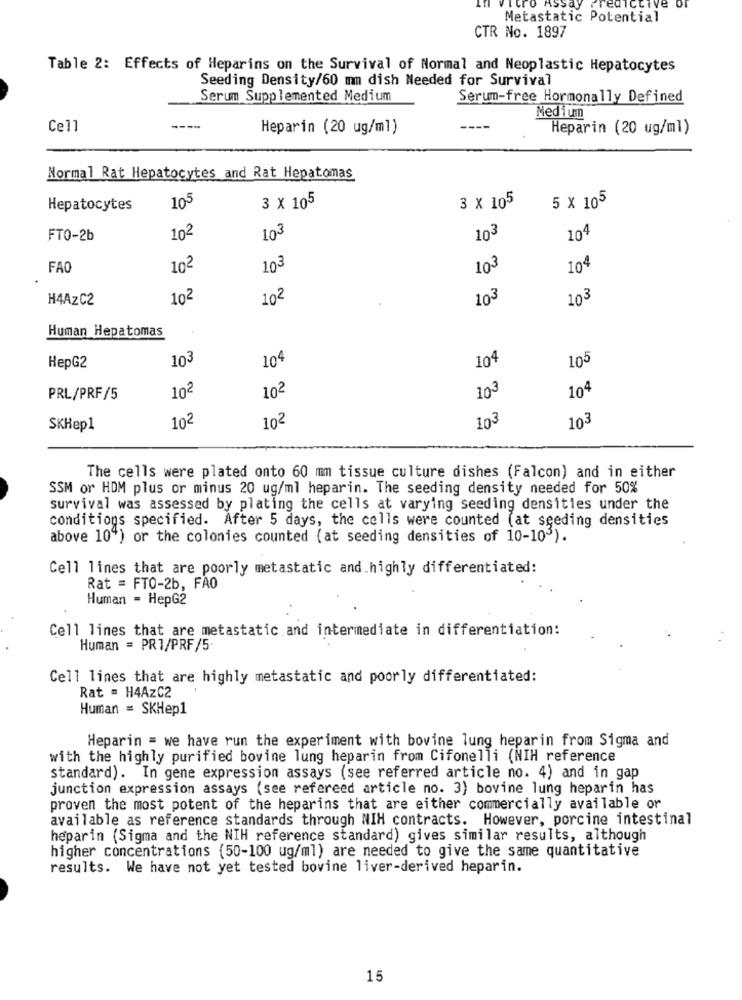
tro
ASSO
aictive DI
Metastatic Potential
CTR No. 1897
Table 2: Effects of Heparins on the Survival of Normal and Neoplastic Hepatocytes
Seeding Density/60 mm dish Needed for Survival
Serum Supplemented Medium
Serum-free Hormonally Defined
Mediun
Cell
Heparin (20 ug/ml)
Heparin (20 ug/ml)
Normal Rat Hepatocytes and Rat Hepatomas
5 X 105
Hepatocytes
105
3 X 105
3 X 105
FT0-2b
102
103
10€
104
FAO
102
10-
103
104
H4AzC2
102
104
103
103
Human Hepatomas
103
104
104
105
HepG2
102
102
103
104
PRL/PRF/5
102
103
103
SKHep1
10ª
The cells were plated onto 60 mm tissue culture dishes (Falcon) and in either
SSM or HDM plus or minus 20 ug/ml heparin. The seeding density needed for 50%
survival was assessed by plating the cells at varying seeding densities under the
conditions specified. After 5 days, the cells were counted (at seeding densities
above 10") or the colonies counted (at seeding densities of 10-103).
Cell lines that are poorly metastatic and.highly differentiated:
Rat = FT0-2b, FAO
Human - HepG2
Cell lines that are metastatic and intermediate in differentiation:
Human = PRT/PRF/5
Cell lines that are highly metastatic and poorly differentiated:
Rat = H4AzC2
Human = SKHep1
Heparin = we have run the experiment with bovine lung heparin from Sigma and
with the highly purified bovine lung heparin from Cifonelli (NIH reference
standard). In gene expression assays (see referred article no. 4) and in gap
junction expression assays (see refereed article no. 3) bovine lung heparin has
proven the most potent of the heparins that are either commercially available or
available as reference standards through NIH contracts. However, porcine intestinal
heparin (Sigma and the NIH reference standard) gives similar results, although
higher concentrations (50-100 ug/ml) are needed to give the same quantitative
results. We have not yet tested bovine liver-derived heparin.
15